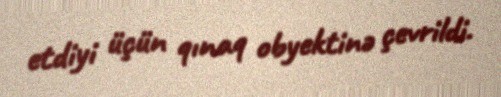
etdiyi üçün qınaq obyektinə çevrildi.